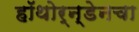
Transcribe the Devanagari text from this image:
हॉथोर्न्डेनचा